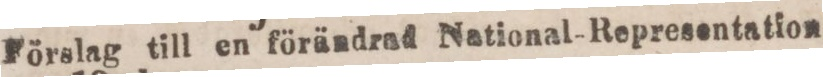
Förslag till en förändrad National-Representation,